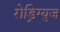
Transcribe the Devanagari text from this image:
रोड्रिग्युज